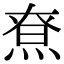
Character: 𤋯